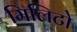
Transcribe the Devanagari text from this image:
मिलिटो